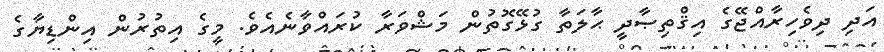
އަދި ދިވެހިރާއްޖޭގެ އިޤްތިޞާދީ ޙާލަތާ ގުޅޭގޮތުން މަޝްވަރާ ކުރައްވާނެއެވެ. މީގެ އިތުރުން އިންޑިޔާގެ